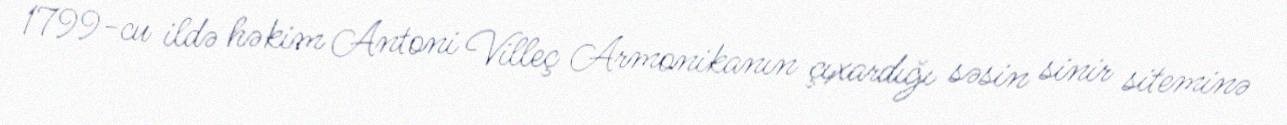
1799-cu ildə həkim Antoni Villeç Armonikanın çıxardığı səsin sinir siteminə